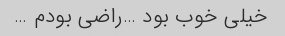
خیلی خوب بود …راضی بودم …